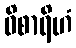
ဝိစာရိဟံ